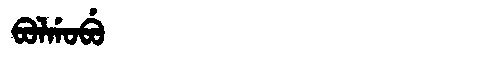
Manchu: ᠪᠣᠯᡤᠣᠪᡠ
Romanization: BOLGOBU